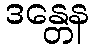
ဒန္တေန